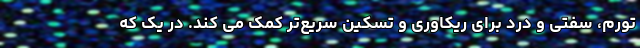
تورم، سفتی و درد برای ریکاوری و تسکین سریع‌تر کمک می کند. در یک که